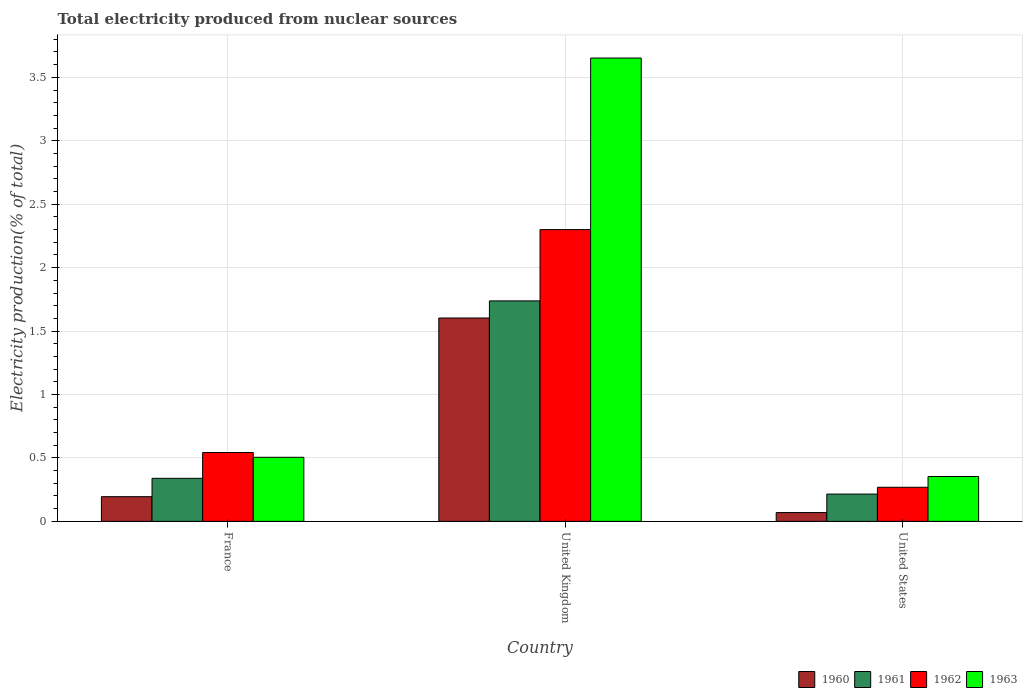
| Country | 1960 | 1961 | 1962 | 1963 |
 | --- | --- | --- | --- | --- |
 | France | 0.195 | 0.339 | 0.543 | 0.505 |
 | United Kingdom | 1.6 | 1.74 | 2.3 | 3.65 |
 | United States | 0.0693 | 0.215 | 0.269 | 0.354 |